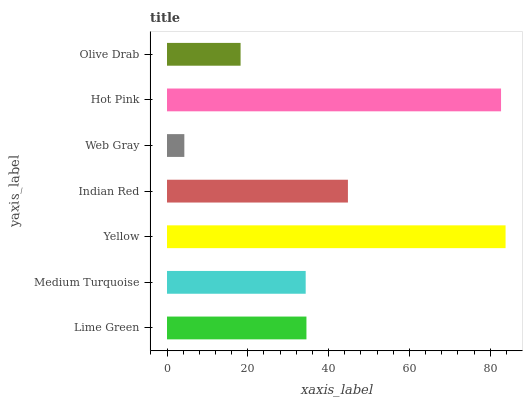
| yaxis_label | bars |
 | --- | --- |
 | Lime Green | 34.5 |
 | Medium Turquoise | 34.3 |
 | Yellow | 83.8 |
 | Indian Red | 44.8 |
 | Web Gray | 4.29 |
 | Hot Pink | 82.7 |
 | Olive Drab | 18.2 |